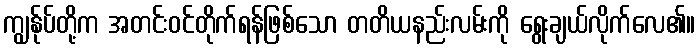
ကျွန်ုပ်တို့က အတင်းဝင်တိုက်ရန်ဖြစ်သော တတိယနည်းလမ်းကို ရွေးချယ်လိုက်လေ၏။